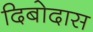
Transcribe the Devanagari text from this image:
दिबोदास